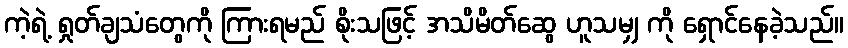
ကဲ့ရဲ့ ရှုတ်ချသံတွေကို ကြားရမည် စိုးသဖြင့် အသိမိတ်ဆွေ ဟူသမျှ ကို ရှောင်နေခဲ့သည်။